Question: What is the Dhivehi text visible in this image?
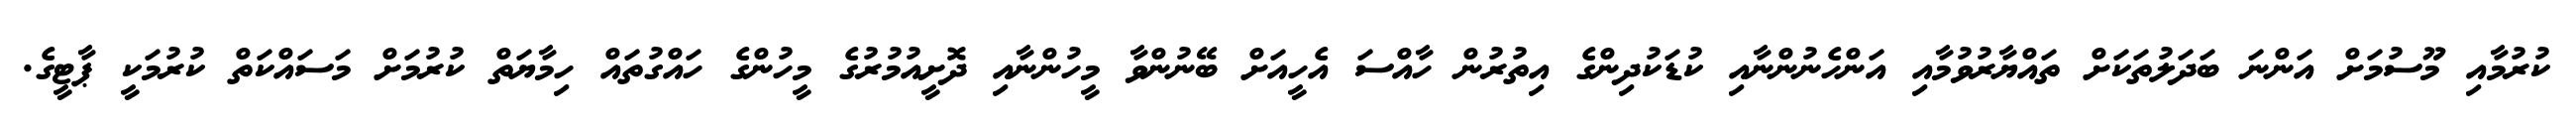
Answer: ކުރުމާއި މޫސުމަށް އަންނަ ބަދަލުތަކަށް ތައްޔާރުވުމާއި އަންހެނުންނާއި ކުޑަކުދިންގެ އިތުރުން ހާއްސަ އެހީއަށް ބޭނުންވާ މީހުންނާއި ދޮށީއުމުރުގެ މީހުންގެ ހައްގުތައް ހިމާޔަތް ކުރުމަށް މަސައްކަތް ކުރުމަކީ ޕާޓީގެ.